Report of the Indian Hemp Drugs Commission, 1894-1895 - Volume VII
Year: 1894
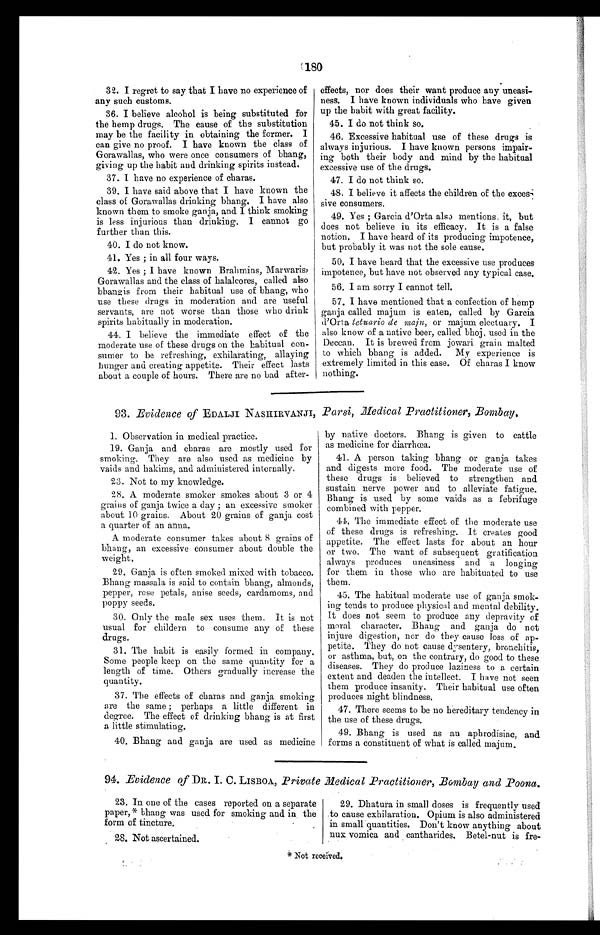
180
32. I regret to say that I have no experience of
any such customs.
36. I believe alcohol is being substituted for
the hemp drugs. The cause of the substitution
may be the facility in obtaining the former. I
can give no proof. I have known the class of
Gorawallas, who were once consumers of bhang,
giving up the habit and drinking spirits instead.
37. I have no experience of charas.
39. I have said above that I have known the
class of Gorawallas drinking bhang. I have also
known them to smoke ganja, and I think smoking
is less injurious than drinking. I cannot go
further than this.
40. I do not know.
41. Yes ; in all four ways.
42. Yes ; I have known Brahmins, Marwaris,
Gorawallas and the class of halalcores, called also
bhangis from their habitual use of bhang, who
use these drugs in moderation and are useful
servants, are not worse than those who drink
spirits habitually in moderation.
44. I believe the immediate effect of the
moderate use of these drugs on the habitual con-
sumer to be refreshing, exhilarating, allaying
hunger and creating appetite. Their effect lasts
about a couple of hours. There are no bad after-
effects, nor does their want produce any uneasi-
ness. I have known individuals who have given
up the habit with great facility.
45. I do not think so.
46. Excessive habitual use of these drugs is
always injurious. I have known persons impair-
ing both their body and mind by the habitual
excessive use of the drugs.
47. I do not think so.
48. I believe it affects the children of the exces-
sive consumers.
49. Yes ; Garcia d'Orta also mentions. it, but
does not believe in its efficacy. It is a false
notion. I have heard of its producing impotence,
but probably it was not the sole cause.
50. I have heard that the excessive use produces
impotence, but have not observed any typical case.
56. I am sorry I cannot tell.
57. I have mentioned that a confection of hemp
ganja called majum is eaten, called by Garcia
d'Orta tetuario de maju, or majum electuary. I
also know of a native beer, called bhoj, used in the
Deccan. It is brewed from jowari grain malted
to which bhang is added. My experience is
extremely limited in this case. Of charas I know
nothing.
93. Evidence of EDALJI NASHIRVANJI, Parsi, Medical Practitioner, Bombay.
1. Observation in medical practice.
19. Ganja and charas are mostly used for
smoking. They are also used as medicine by
vaids and hakims, and administered internally.
23. Not to my knowledge.
28. A moderate smoker smokes about 3 or 4
grains of ganja twice a day ; an excessive smoker
about 10 grains. About 20 grains of ganja cost
a quarter of an anna.
A moderate consumer takes about 8 grains of
bh a ng, an excessive consumer about double the
weight.
29. Ganja is often smoked mixed with tobacco.
Bhang massala is said to contain bhang, almonds,
pepper, rose petals, anise seeds, cardamoms, and
poppy seeds.
30. Only the male sex uses them. It is not
usual for childern to consume any of these
drugs.
31. The habit is easily formed in company.
Some people keep on the same quantity for a
length of time. Others gradually increase the
quantity.
37. The effects of charas and ganja smoking
are the same ; perhaps a little different in
degree. The effect of drinking bhang is at first
a little stimulating.
40. Bhang and ganja are used as medicine
by native doctors. Bhang is given to cattle
as medicine for diarrhœa.
41. A person taking bhang or ganja takes
and digests more food. The moderate use of
these drugs is believed to strengthen and
sustain nerve power and to alleviate fatigue.
Bhang is used by some vaids as a febrifuge
combined with pepper.
44. The immediate effect of the moderate use
of these drugs is refreshing. It creates good
appetite. The effect lasts for about an hour
or two. The want of subsequent gratification
always produces uneasiness and a longing
for them in those who are habituated to use
them.
45. The habitual moderate use of ganja smok-
ing tends to produce physical and mental debility.
It does not seem to produce any depravity of
moral character. Bhang and ganja do not
injure digestion, nor do they cause loss of ap-
petite. They do not cause dysentery, bronchitis,
or asthma, but, on the contrary, do good to these
diseases. They do produce laziness to a certain
extent and deaden the intellect. I have not seen
them produce insanity. Their habitual use often
produces night blindness.
47. There seems to be no hereditary tendency in
the use of these drugs.
49. Bhang is used as an aphrodisiac, and
forms a constituent of what is called majum.
94. Evidence of DR. I. C. LisBoA, Private .Medical Practitioner, Bombay and Poona.
23. In one of the cases reported on a separate
paper,* bhang was used for smoking and in the
form of tincture.
28. Not ascertained.
29. Dhatura in small doses is frequently used
to cause exhilaration. Opium is also administered
in small quantities. Don't know anything about
nux vomica and cantharides. Betel-nut is fre-
* Not received.